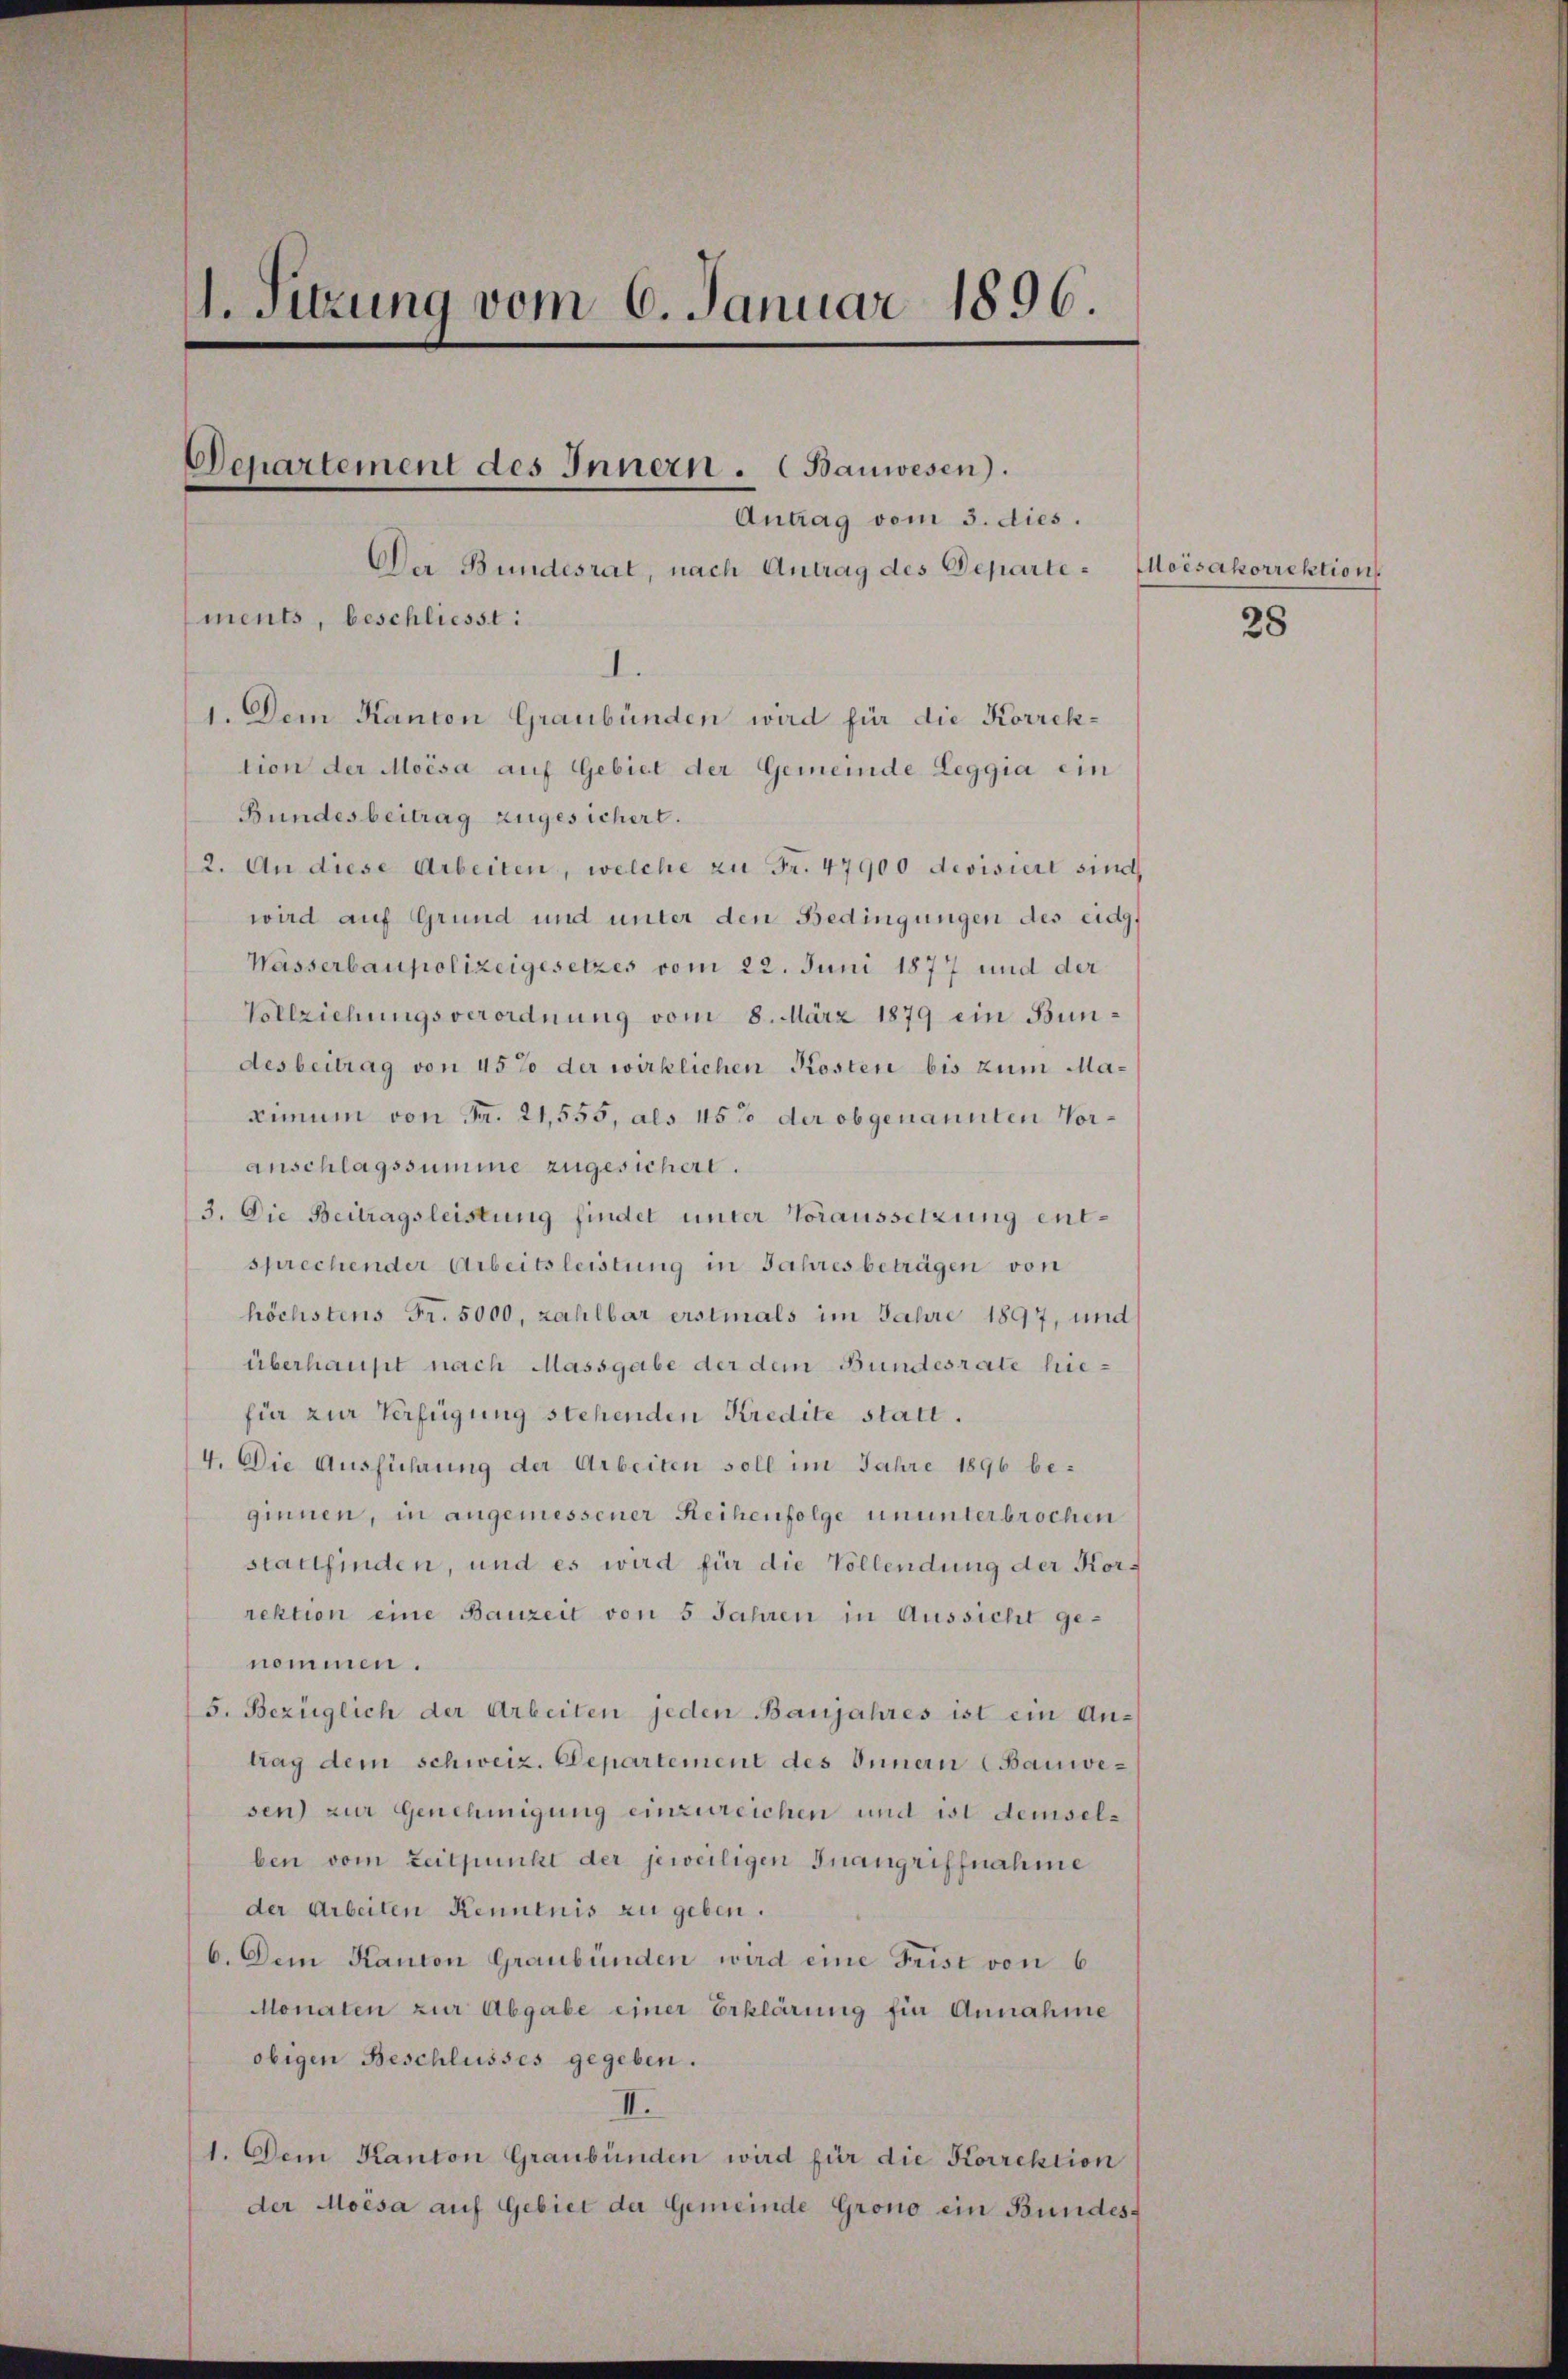
1. Sitzung vom 6. Januar 1896.

Der Bundesrat, nach Antrag des Departe - Aloisakorrektion
ments, beschliesst:

Departement des Innern. (Bauwesen).
Antrag vom 3. dies.

d.
1. Dem Kanton Graubünden wird für die Korrektion der Moisa auf Gebiet der Gemeinde Leggia ein
Bundesbeitrag zugesichert.
2. An diese Arbeiten, welche zu Fr. 47900 devisiert sind
wird auf Grund und unter den Bedingungen des eidg.
Wasserbaupolizeigesetzes vom 22. Juni 1877 und der
Vollziehungsverordnung vom 8. März 1879 ein Bundesbeitrag von 45 % der wirklichen Kosten bis zum Maximum von Fr. 21,555, als 15% der obgenannten Voranschlagssumme zugesichert.
3. Die Beitragsleistung findet unter Voraussetzung entsprechender Arbeitsleistung in Jahres beträgen von
höchstens Fr. 5000, zahlbar erstmals im Jahre 1897, und
überhaupt nach Massgabe der dem Bundesrate hiefür zur Verfügung stehenden Kredite statt.
4. Die Ausführung der Arbeiten soll im Jahre 1896 be-
ginnen, in angemessener Reihenfolge ununterbrochen
stattfinden, und es wird für die Vollendung der Korrektion eine Bauzeit von 5 Jahren in Aussicht genommen.
5. Bezüglich der Arbeiten jeden Banjahres ist ein Antrag dem schweiz. Departement des Innern (Bauwesen) zur Genehmigung einzureichen und ist demselben vom Zeitpunkt der jeweiligen Inangriffnahme
der Arbeiten Kenntnis zu geben.
6. Dem Kanton Graubünden wird eine Frist von 6
Monaten zur Abgabe einer Erklärung für Annahme
obigen Beschlusses gegeben.
II.
1. Dem Kanton Graubünden wird für die Korrektion
der Moisa auf Gebiet der Gemeinde Grono ein Bundes-

28